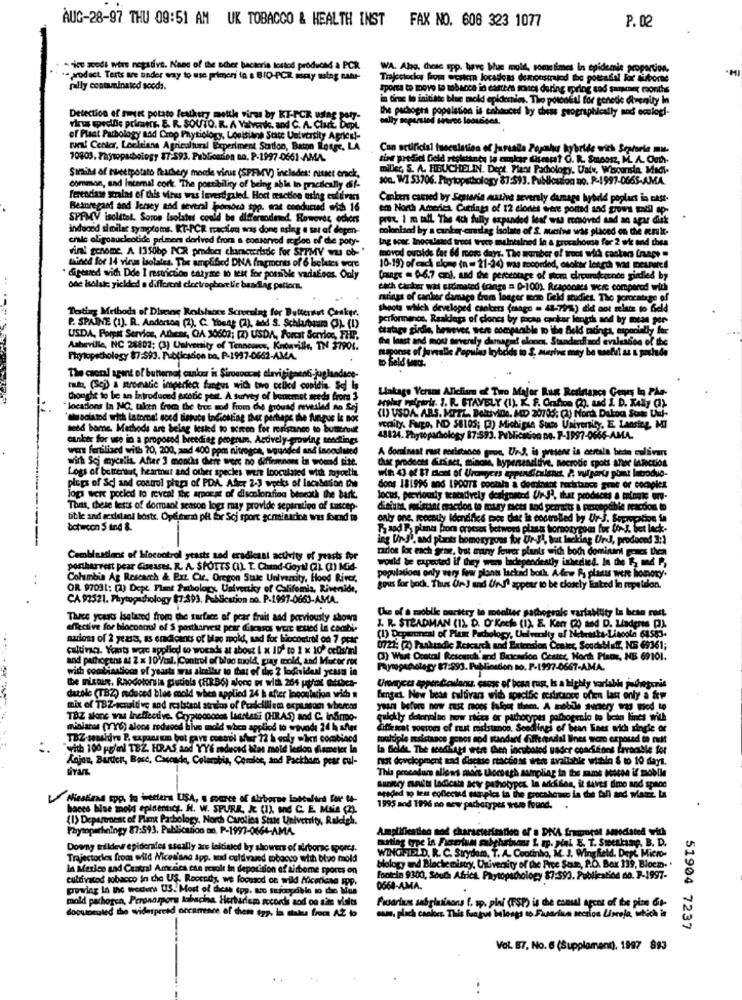
AUG-28-97 THU 09:51 AM UK TOBACCO & HEALTH INST FAX NO. 608 323 1077
P. 02
** sodi wers negative. None of the other bacteria lostod produced a PCR
WA. Alg, desc spp. have hue mold, sometimes in epidemie proportion.
- product. Tarts are under way to use primeri in a BIO-PCR mry sslag natur-
Trajectocky from wcakern locadoas demonstrajod the gottadal For süborne
rally contaminated soods.
Sporca to Dove to tobacco in carees sucs during spring and sampmer months
in diene to initiate blue mold epidemies. The potential for genetic Avenity In
the pachogrs population is cabauced by chess geographically and ecologi-
Detection of sweet potato feathery metthe viras by RT-PCR udlag pory-
virus specific primer E. R. SOUTO. R. A Valverde, and C. A. Clart. Dept.
of Plaat Pathology nad Crop Prytiology, Louisiana State University Agricul-
run! Center, Lochtiana Agricultural Experiment Station, Baton Rouge, LA
Can artificial tuoculation of Jurealla Popahu hybride with Septorio mu.
70803. Thijsopathology 87-593. PubGosden no. P-1997-0661-AMA.
sine prediel Deld resistanes lo eukar Chsmart G. R. Smaosz, M. A. Outh-
miller, S. A. HEUCHELIN. Dept. Plaor Pathology. Uatv, Whoonsin, Madi-
Simiss of theetpotato fauchery moule virus (SPFMV) includes: nusset erck,
soc. W1 53706. Ptrytopsthology 87:593. Publication no. P-1997-0665-AMA
common, and intemal cork The possibility of being able in pacifically dif-
ferenciase strains of this virus was investigated. Hoct teaction ering cultivars
Cankers canved by Sesiavia mutive severely damage hybrid poplact in cast-
Besuregant and Jersey and several Ipomocà spp. wat conducud with 16
em North America, Cutfats of 12 ciones were ported and grows call op-
SPAMV isolitol. Soros Isolated could be differmodmed. Reweves ochers
prot. I m tall The 4ch fully expanded leaf was removed tad an apar diek
induced similar symptoms. KT-PCR reaction was done aring a set of depen-
colonland by a canker -cundlag liolate of S. autthe was placed on the Rnul-
crale oligoaucleotide primers derived from a conserved igloo of die poty-
Ing sosz Inocalmed troot woce maintained in & troca
ana for 2 wie and ches
vini genome, A 1350bp POR prodocy characteristic for SPTMY wu ob- "
moved outside fat 66 roor days. The warber of tro
ct with caskars frape =
mhined for 14 virus isolates. The amplified DNA fragments of 6 lsclases wore
10-19) of each alone (n = 21-34) was socorded, osokar lenedi wa Deunared
digested with Dde I restriction enzyme to test for possible variafeos. Only
frange = 6-6.7 cni, and the percentage of som
fondo girddled by
one isolate yielded a different clostrophoretic beading pattern.
each canker wat sidimated frange = D-100). Responses were compared with
marings of canber damage frem longer mon Geld studies. The porocatage
Dating Methods of Dieeine Rodshaote Screening for Butterist Canker.
shoots which developed canters (mage = 41-79%) did not relate to Geld
ot melate to Gel
performnanon. Raakdags of clones by mcap canker length and by mess per-
P. SPAINE (1). R. Anderson (2), C. Young (2), and S. Schlarbaum (3). (I)
ctatags girdi, however sere comparable to ite Beld racings, especially for
USDA, Forest Service, Athens, QA 30602; [Z) USDA, Forcat Scrrlos, FHP.
The least and mout severely damaged clones, Standardlacd evaluation of the
oo St
Asheville, NC 28802; (3) Unlvenity of Tennowres, Kabaville, TN 37901.
maponse of juvealle Popula krybeds io S. arine may be useful as & paulde
Phytopathology $7:593. Publication no, P-1997-0662-AMA.
D Seld Med.
The coral agent of butternaj canlost in Sirococcus elavisitaenti jog
mata, (Scj) a mromatic imperiec. fangus wich tivo celled condin Sel
Linkage Verans Aliclisma of Two Major Rug Resistance Geors In Pla-
Chonghe to be an introduced probie pest. A survey of bonemet
da froma 3
"locations In MC, taken from the tree mod From the ground revealed so Sej
HWay Forwir. J. R. STAVELY (1). K. F. Grafion (). Lad J. D. Kelly (3).
'chociatod with Latoma! good Sinuca tofickting ther perhaps the fungus Ie nor
(1) USDA, ABS. MIEL. BeltiviDe, MED 20705: (2) Noch Dakoc Sok Ud-
seed home. Methods are belag leskd to screen for roristanco to butternut
verily. Fago, ND $8105; (3) Michigan Sums University. E. Lansing, MI
canker for use in a proposed breeding peogrun, Andvely-growing sendtings
48824. Phytopathology 87:593. Publication no. P-1997-0666-AMA.
wers fertiliaed with 70, 200, and 400 ppm nitrogen, sguided and Incoulated
A Bocalnast rast resistance gros, Urs, is present is cereals bedn culivart
wirh Sci mycalis. After 3 months diere were no diffrenone in wound site.
Char prodoces dirsact, mincia, hypensensitive, Necrotic spots aner lasection
Logs of beiteraat, hearmut and other species weit Inoculated with zogoethe
pieps of Sc and control piaga of PDA. Afrz 2-3 weeks of lacabation due
dons 181996 and 1POOT% cootala a dominant recirtance grat or cochplex
Jogi were pocled to reveal The apparat of discolorfing beneath the bark.
locus, previously tentatively designated Un-Ja, that produces a mainale wrv-
Thett, these lests of dormaol season logs may provide separation of suscep-
dinium misunt macdon to moury sices tod perstr & perceptible reactionto
bible and sexistaol hosts. Opfient pf fir Scj spore goninacion was found to
only one, recently Identifies por that is controlled by Ur-J. Sopption in
botwcon S tnd &
P and & plants Form crosses betwerd plast born
ing UnJ', and plants homozygous for Ur-Ji, but lacking Und, produced 3:1
tarlos fox each gran, but many fewer plants with both dominant oucs Lhea
Combinations of Mocontrol yeasts and eradiani activity of yeasts for
would be expected if they was ladependently inherited. In the R md P,
postharvest pear Ceases. R. A. SPOTTS (I). T. Chand-Goyal (2) (1) Mid-
Columbia Ag Rescarch & Ext. Cir, Oregon State University, Hood River,
populations only very few plants lackad both. A few R piasus were honory.
OR 97031: (2) Dept Plant Pathology, Ualvertky of Califomia, Riverside,
Bonus for bock, Thus Ur J and Ur-J' appear to be closely linked ln mpel
CA 91521. Phytopathology $7:393. Publication ao. P-1997-0663-AMA.
Che of a moblk poritry to moalter pathograls variability La bean rost
Three years Isolated from the surface of pear fruit and perviousty shown
effective for blocontrol of $ postharvest pear diseases verr Iuled In combi-
J. R- STEADMAN (1). D. O'Keche (1). E. Ker (2) and D. Liaderes (3).
(1) Department of Plant Pachology, University of Nebraska-Lincoln 61583-
nations of 2 yeass, as endicants of Mac mold, nad for biocontrol on 7 pct
....
cultivag. Youts were applied to wocads at about 1 x 10- to 1 x 10 cetis/nl
0721: (2) Pankandie Research and Extension Center, Sood blei, NE 69361;
and pathogens at 2 x 10 /tal. Control of blue mold, pray mold, and Macor rox
() Wust Ocotal Rescuich and Bricarico Cesate, North Plane, HE 69101.
with combinations of yeasts aras similar to that of the 2 lodi
the 2 loginideal yesss in
Paynopunholegy 87:993. Publication no. P-1997-0667-AMA.
the misaur. Raccotonsia glutinla (HRB6) alone or with 264 ptfox Ofthet-
Uromyces apper diewlanu, cange of' besa rus, Is a highly vorfall podogorie
datole (TBZ) reduced bles mold when applied 24 h after loooslacion wrid
hentet. Now beas cultivars with specific seslicaone offen last only a few
mix of TBZ-acquitive and realstent atruins of Pradelili em explasom whereas
TaZ alone was ineffective. Cryptocoodos Laartetti (HRAS) and C. Ingrpo-
quickly determine how riers or parhoopes par
clo to bean lines with
minlatas (YY6) alons reduced live mold when applied to wevoda 24 h after
Tifi kat postom of rust malstanoo. Scodlingi of bean Enes wich single or
TBZ-sensidre P. expansem bot pave control Mur 72 h odly when combined
de maistance genos sod standard filterndal lines were erporad en ndt
"with 100 pofml TBZ HRAS and YY6 reduced ies mold lesion diameter la
la Boldt. The seedings were then incubated uader concisions Errorble for
Kojon, Bartien, Bosc, Cacesde, Columbia, Comlee, and Packham pear cul-
must development tad disease reachoss were available within & t 10 days.
This procedure allows more thore ash aampliar in the same sosten if mobile
seeded wo les collectnd mauppis in the procshomes in the fall and Mare
Bunkry maths lodicata scv pathotypes. la arki des, it saves time and space
Nieakess spp. to tweeters USA, s mouce of airborne inboulard For 14-
bases bise mold epidemicq. H. W. SPURR, & (1), und C. E Mais (2)
1995 and 1996 no new pachotypes were found.
(1) Departoenc of Pient Pasbology, North Carolina State University, Raleigh.
Phytopathology 87:593. Publicadoo no. P-1997-0664-AMA
Amplification nad characterization of a DNA fraporot amodated with
mating type la Ficerium mabeheben L tp. Nai. E. T. Sweenkamp, B. D.
Downy tilldevr epiderates sseally are initiated by showers of airborne sports.
WINGHTELD, R. C. Strydom, T. A. Cootinho, M. J. Wing field, Dept Micro-
Trajectoches from wild Wicesiano app. und cultivased tobacco with biuo mold
In Mexico and Central America ese revolt in deposition of airbome spores on
biology and Biochemistry, Univerity of the Fice Sat, P.O. Box 139, Blocm. .
cultivated tobacco in the US. Rootedhy, we foosod on wild fticeland wop.
fontein 9300, South Africa. Paytopschology 87:593. Publicatiod no. P-1997-
0564-AMA.
mold pathogen, Peronospora labacing Herbariem accords aod on site volts
dooutroled the widespread occurence of them top, in states froc AZ to
Fioarians sabglasisons f. sp. plni (ESP) is the consal apcot of the pion Git-
com. plich caalors This Fungui balonga so Fiasarian seccion Liscola, which is
51904 7237
Vol. 87, No. 6 (Supplement), 1997 893